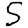
Digit: 5